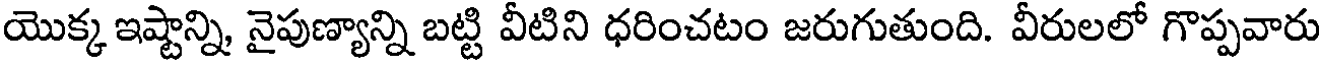
యొక్క ఇష్టాన్ని, నైపుణ్యాన్ని బట్టి వీటిని ధరించటం జరుగుతుంది. వీరులలో గొప్పవారు